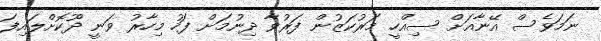
ނަމަވެސް އޭނާއަށް ސިއްހީ މަރުކަޒުން ފަރުވާ ދިނުމަށް ފަހު މިހާރު ވަނީ ދޫކޮށްލައިފަ